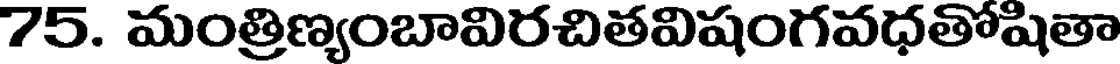
75. మంత్రిణ్యంబావిరచితవిషంగవధతోషితా